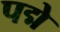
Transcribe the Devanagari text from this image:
पद्मे